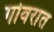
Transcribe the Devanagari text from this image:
गोवरात